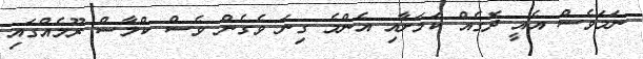
ނަމަވެސް އެއީ ދޮގެއް ކަމަށާއި އެންމެ ގިނަ ވެގެން ވެސް ކްލާސް ރޫމެއްގައި